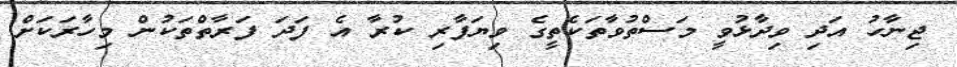
ޖިނާހު އަދި ވިދާޅުވީ މަސްތުވާތަކެތީގެ ވިޔަފާރި ކުރާ އެ ފަދަ ފަރާތްތަކުން މިހާރަކަށް